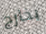
بخارج